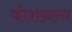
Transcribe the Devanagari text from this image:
कोशग्रन्थ